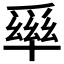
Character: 𤔭